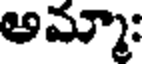
అమ్మా: